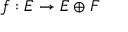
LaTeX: f : E \to E \oplus F